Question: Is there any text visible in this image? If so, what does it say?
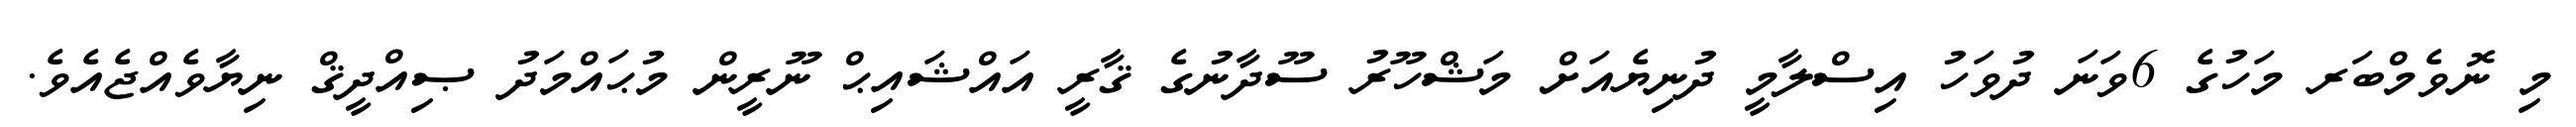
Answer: މި ނޮވެމްބަރ މަހުގެ 6ވަނަ ދުވަހު އިސްލާމީ ދުނިޔެއަށް މަޝްހޫރު ސޫދާނުގެ ޤާރީ އައްޝައިޙް ނޫރީން މުޙައްމަދު ޞިއްދީޤް ނިޔާވެއްޖެއެވެ.